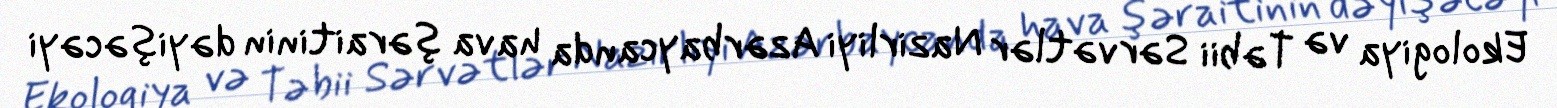
Ekologiya və Təbii Sərvətlər Nazirliyi Azərbaycanda hava şəraitinin dəyişəcəyi